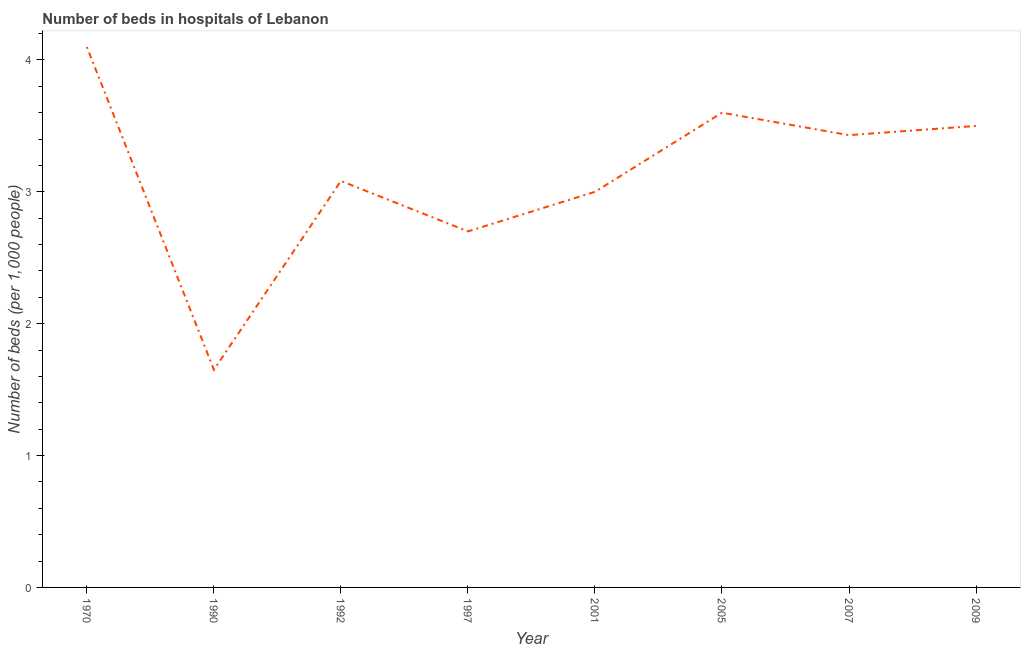
| Year | Hospital beds |
 | --- | --- |
 | 1970 | 4.1 |
 | 1990 | 1.65 |
 | 1992 | 3.08 |
 | 1997 | 2.7 |
 | 2001 | 3 |
 | 2005 | 3.6 |
 | 2007 | 3.43 |
 | 2009 | 3.5 |